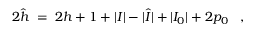
2 \hat { h } \; = \; 2 h + 1 + | I | - | \hat { I } | + | I _ { 0 } | + 2 p _ { 0 } \; \; \; ,